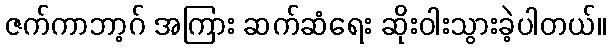
ဇက်ကာဘာ့ဂ် အကြား ဆက်ဆံရေး ဆိုးဝါးသွားခဲ့ပါတယ်။